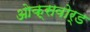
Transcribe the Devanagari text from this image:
ओक्सवोर्ड